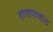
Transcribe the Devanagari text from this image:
हातापायांना